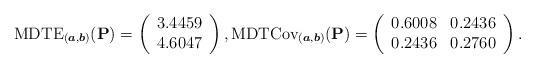
LaTeX: \begin{align*}\mathrm{MDTE}_{(\boldsymbol{a},\boldsymbol{b})}(\mathbf{P})=\left(\begin{array}{ccccccccccc}3.4459\\4.6047\end{array}\right),\mathrm{MDTCov}_{(\boldsymbol{a},\boldsymbol{b})}(\mathbf{P})=\left(\begin{array}{ccccccccccc}0.6008&0.2436\\0.2436&0.2760\end{array}\right).\end{align*}